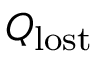
Q _ { \mathrm { l o s t } }